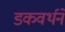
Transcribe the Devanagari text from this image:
डकवर्थने